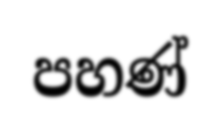
පහණ්